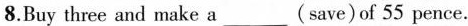
8.Buy three and make a___(save)of 55 pence.